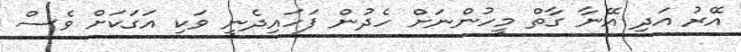
އޭރު އަދި އޭނާ ގާތް މީހުންނަށް ހެދުން ފަހައިދެނީ ވަކި އަގަކަށް ވެސް